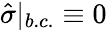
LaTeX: \hat{\sigma}|_{b.c.}\equiv 0